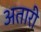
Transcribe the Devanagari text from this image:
अतारी